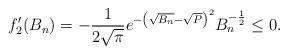
LaTeX: \begin{align*}f_2'(B_n)& = -\frac{1}{2\sqrt{\pi}} e^{-\left( \sqrt{B_n}-\sqrt{P}\right)^2}B_n^{-\frac{1}{2}} \le 0.\end{align*}